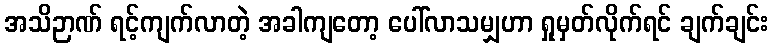
အသိဉာဏ် ရင့်ကျက်လာတဲ့ အခါကျတော့ ပေါ်လာသမျှဟာ ရှုမှတ်လိုက်ရင် ချက်ချင်း